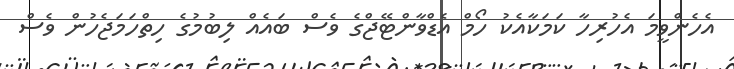
އެހެންވީމަ އެހުރިހާ ކަމަކާއެކު ހޯމް އެޑްވާންޓޭޖްގެ ވެސް ބައެއް ލިބުމުގެ ހިތްހަމަޖެހުން ވެސް